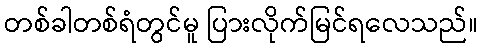
တစ်ခါတစ်ရံတွင်မူ ပြားလိုက်မြင်ရလေသည်။